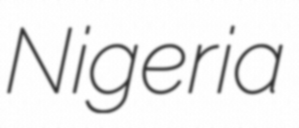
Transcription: Nigeria